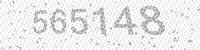
Solution: 565148